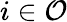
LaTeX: i\in\mathcal{O}